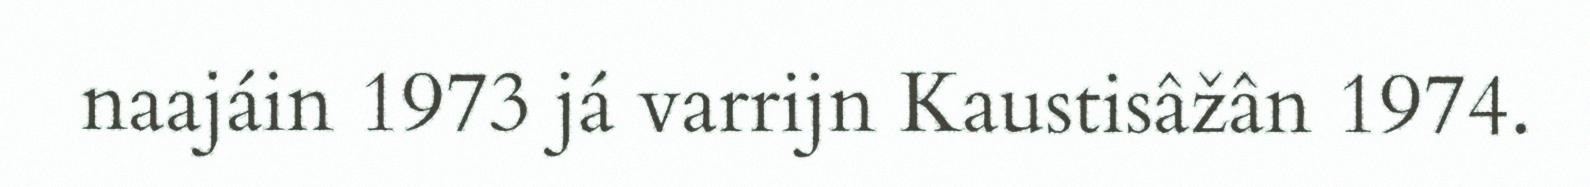
naajáin 1973 já varrijn Kaustisâžân 1974.